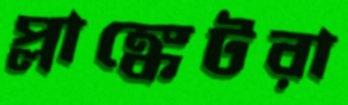
প্লাঙ্কেটরা